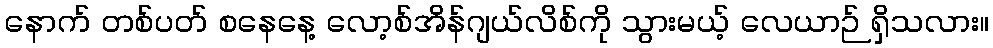
နောက် တစ်ပတ် စနေနေ့ လော့စ်အိန်ဂျယ်လိစ်ကို သွားမယ့် လေယာဉ် ရှိသလား။